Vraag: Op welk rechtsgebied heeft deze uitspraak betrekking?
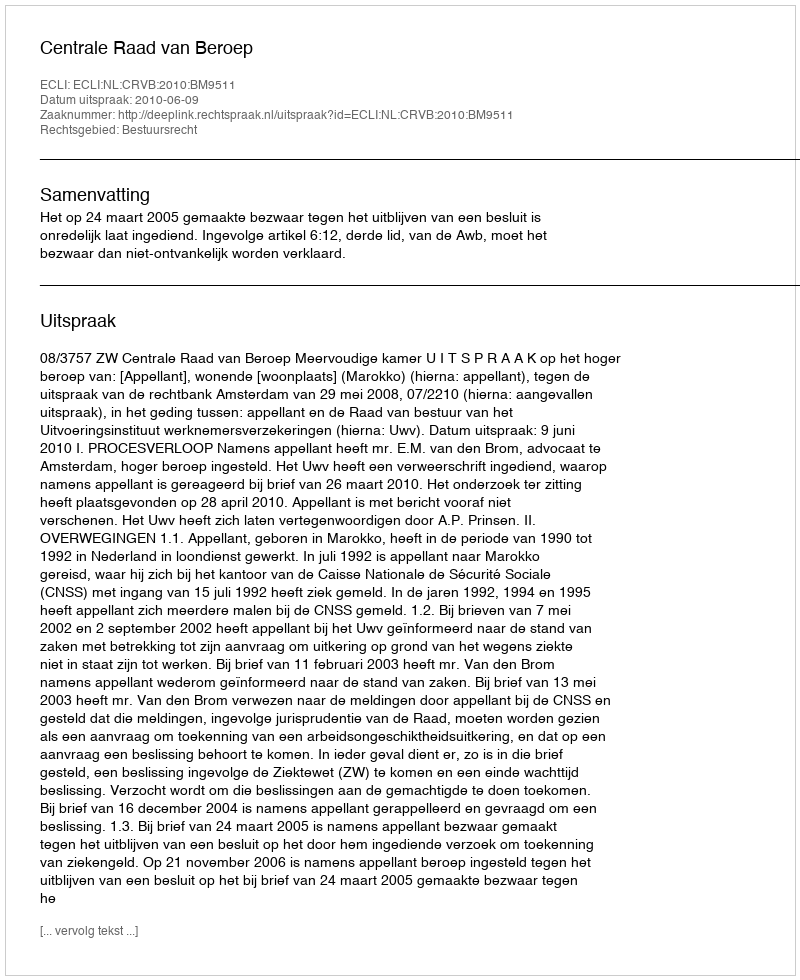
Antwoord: Bestuursrecht